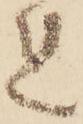
れ